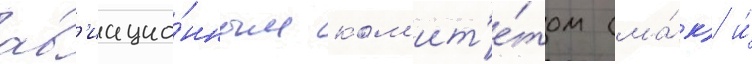
ав'иацио́нным ком'ит'е́том (ма́к) и́